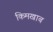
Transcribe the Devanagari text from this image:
किमखाब